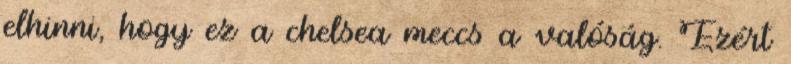
elhinni, hogy ez a chelsea meccs a valóság. Ezért